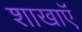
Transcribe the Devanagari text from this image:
शाखाऍं